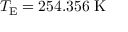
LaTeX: T _ { \mathrm { { E } } } = 2 5 4 . 3 5 6 \ \mathrm { K }